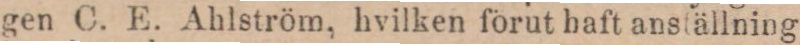
gen C. E. Ahlström, hvilken förut haft anställning